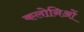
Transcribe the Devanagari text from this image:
कलोनिओं